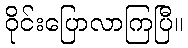
ဝိုင်းပြောလာကြပြီ။